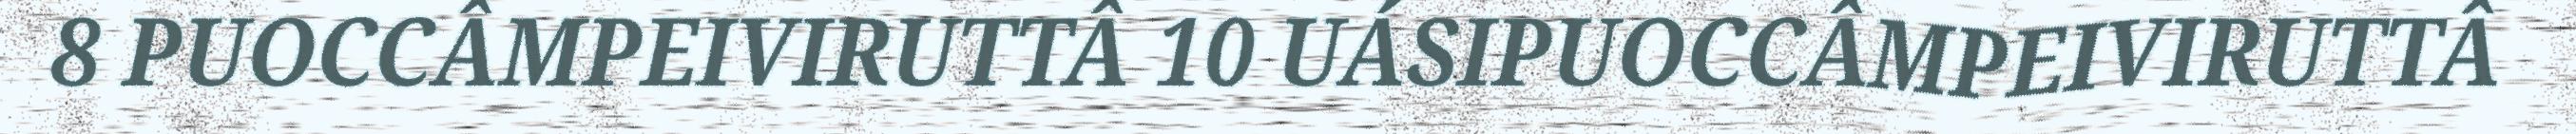
8 PUOCCÂMPEIVIRUTTÂ 10 UÁSIPUOCCÂMPEIVIRUTTÂ